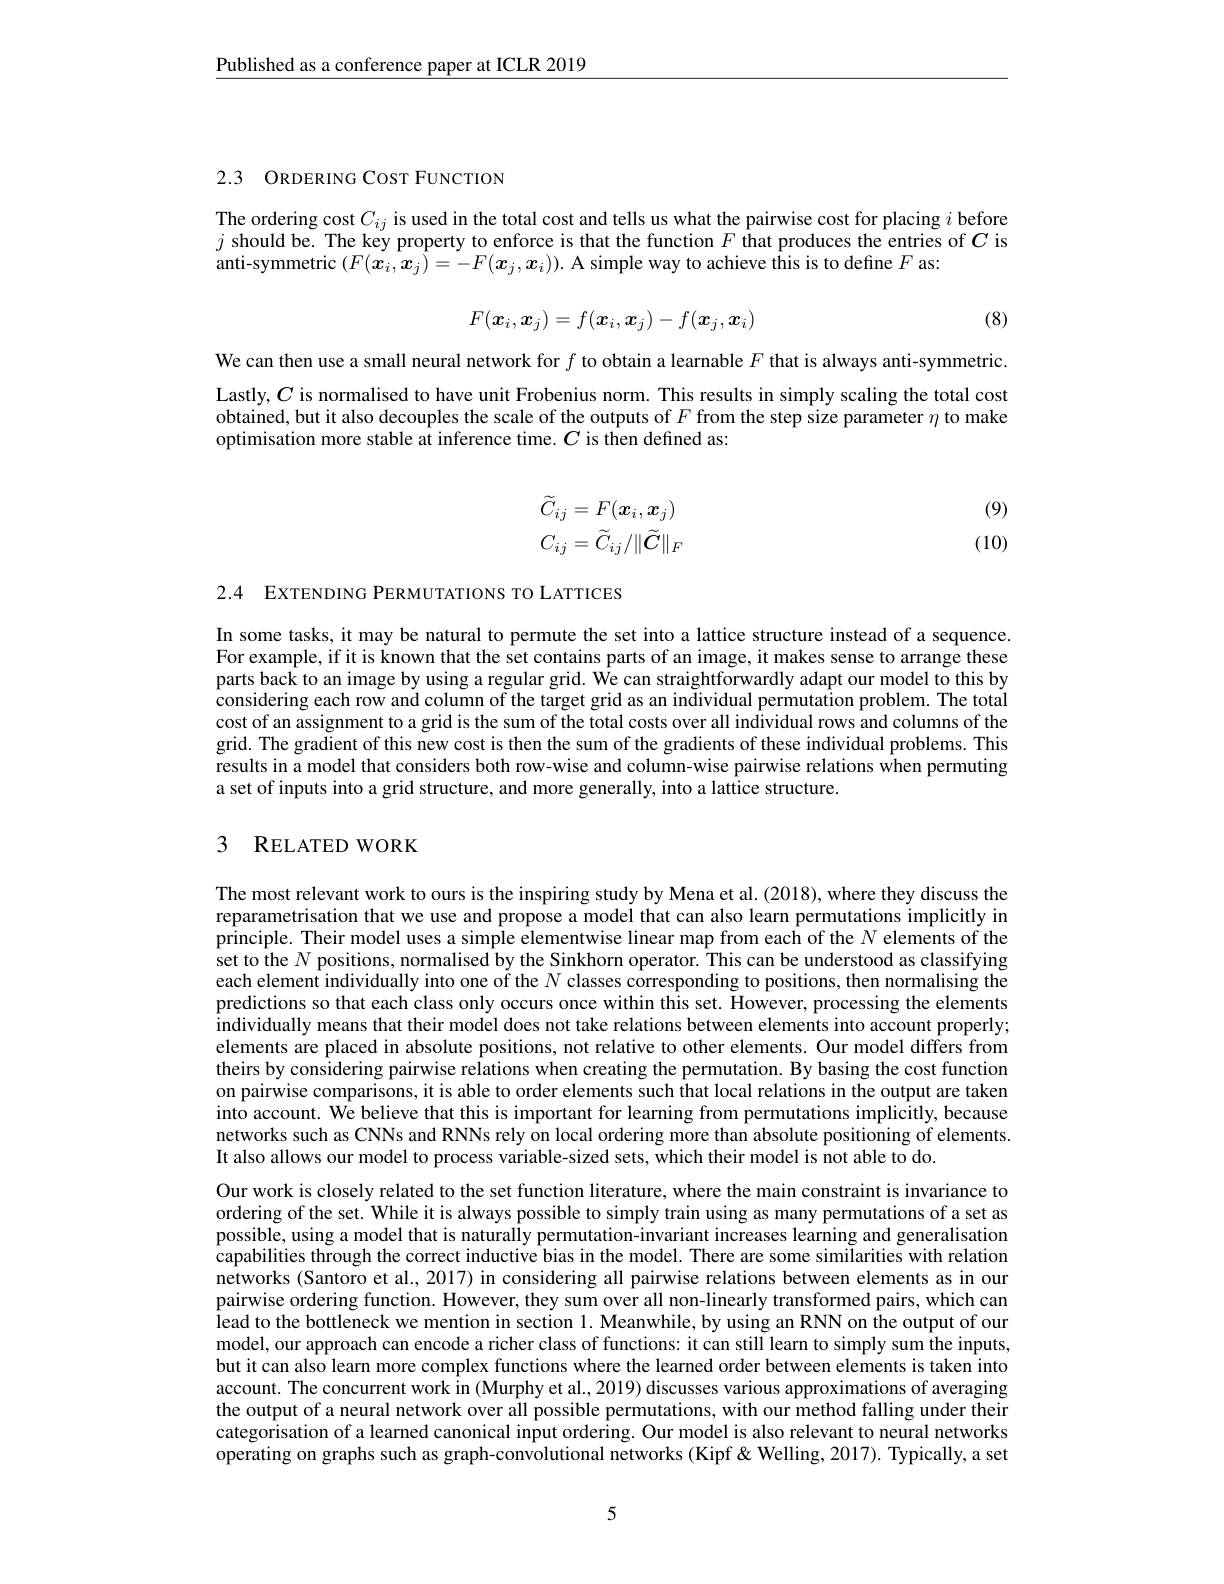
$\underline{\text{Published as a conference paper at ICLR 2019}}$

## 2.3 ORDERING CosT FUNCTION

The ordering cost $C_{ij}$ is used in the total cost and tells us what the pairwise cost for placing $i$ before $j$ should be. The key property to enforce is that the function $F$ that produces the entries of $C$ is anti-symmetric $(F(\boldsymbol{x}_i,\boldsymbol{x}_j)=-F(\boldsymbol{x}_j,\boldsymbol{x}_i)).$ A simple way to achieve this is to define $F$ as:

(8)
$$F(\boldsymbol{x}_i,\boldsymbol{x}_j)=f(\boldsymbol{x}_i,\boldsymbol{x}_j)-f(\boldsymbol{x}_j,\boldsymbol{x}_i)$$
We can then use a small neural network for $f$ to obtain a learnable $F$ that is always anti-symmetric. Lastly, $C$ is normalised to have unit Frobenius norm. This results in simply scaling the total cost obtained, but it also decouples the scale of the outputs of $F$ from the step size parameter $\eta$ to make optimisation more stable at inference time. $C$ is then defined as:
$$\begin{aligned}\widetilde{C}_{ij}&=F(\boldsymbol{x}_i,\boldsymbol{x}_j)\\C_{ij}&=\widetilde{C}_{ij}/\|\widetilde{C}\|_F\end{aligned}$$
(9) (10)

2.4 EXTENDING PERMUTATIONS TO LATTICES

In some tasks, it may be natural to permute the set into a lattice structure instead of a sequence. For example, if it is known that the set contains parts of an image, it makes sense to arrange these parts back to an image by using a regular grid. We can straightforwardly adapt our model to this by considering each row and column of the target grid as an individual permutation problem. The total cost of an assignment to a grid is the sum of the total costs over all individual rows and columns of the grid. The gradient of this new cost is then the sum of the gradients of these individual problems. This results in a model that considers both row-wise and column-wise pairwise relations when permuting a set of inputs into a grid structure, and more generally, into a lattice structure.

## 3 RELATED WORK

The most relevant work to ours is the inspiring study by Mena et al. (2018), where they discuss the reparametrisation that we use and propose a model that can also learn permutations implicitly in principle. Their model uses a simple elementwise linear map from each of the $N$ elements of the set to the $N$ positions, normalised by the Sinkhorn operator. This can be understood as classifying each element individually into one of the $\hat{N}$ classes corresponding to positions, then normalising the predictions so that each class only occurs once within this set. However, processing the elements $\hat{\text{individually means that their model does not take relations between elements into account properly;}}$ elements are placed in absolute positions, not relative to other elements. Our model differs from theirs by considering pairwise relations when creating the permutation. By basing the cost function on pairwise comparisons, it is able to order elements such that local relations in the output are taken into account. We believe that this is important for learning from permutations implicitly, because networks such as CNNs and RNNs rely on local ordering more than absolute positioning of elements. It also allows our model to process variable-sized sets, which their model is not able to do.
Our work is closely related to the set function literature, where the main constraint is invariance to ordering of the set. While it is always possible to simply train using as many permutations of a set as possible, using a model that is naturally permutation-invariant increases learning and generalisation capabilities through the correct inductive bias in the model. There are some similarities with relation networks (Santoro et al., 2017) in considering all pairwise relations between elements as in our pairwise ordering function. However, they sum over all non-linearly transformed pairs, which can lead to the bottleneck we mention in section 1. Meanwhile, by using an RNN on the output of our model, our approach can encode a richer class of functions: it can still learn to simply sum the inputs, but it can also learn more complex functions where the learned order between elements is taken into account. The concurrent work in (Murphy et al., 2019) discusses various approximations of averaging the output of a neural network over all possible permutations, with our method falling under their categorisation of a learned canonical input ordering. Our model is also relevant to neural networks operating on graphs such as graph-convolutional networks (Kipf &Welling, 2017). Typically, a set

5